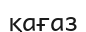
қағаз